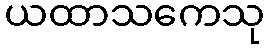
ယထာသကေသု